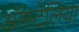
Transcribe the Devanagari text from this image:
ऑस्टेंलिया